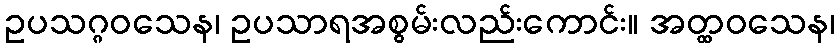
ဥပသဂ္ဂဝသေန၊ ဥပသာရအစွမ်းလည်းကောင်း။ အတ္ထဝသေန၊